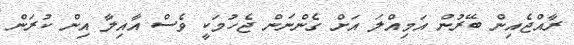
ރާއްޖެއިން ބޭރުން އަމިއްލަ އަށް ގެންނަން ޖެހުމަކީ ވެސް އާއިލާ އިން ކުރަން